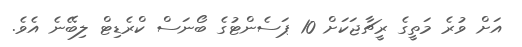
އަށް ވުރެ މަތީގެ ރީޗާޖަކަށް 10 ޕަސެންޓުގެ ބޯނަސް ކްރެޑިޓް ލިބޭނެ އެވެ.